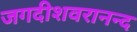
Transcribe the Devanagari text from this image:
जगदीशवरानन्द